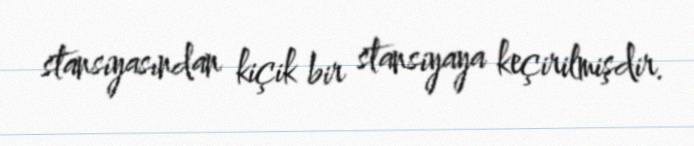
stansiyasından kiçik bir stansiyaya keçirilmişdir.